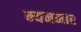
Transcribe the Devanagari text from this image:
म्यनमार